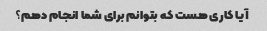
آیا کاری هست که بتوانم برای شما انجام دهم؟